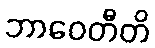
ဘာဝေတီတိ